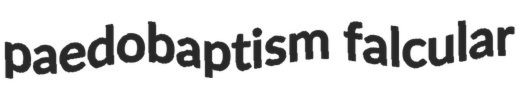
paedobaptism falcular